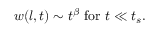
w ( l , t ) \sim t ^ { \beta } \mathrm { \, \, f o r \, \, } t \ll t _ { s } .